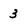
Character: 3